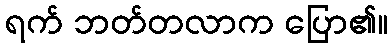
ရက် ဘတ်တလာက ပြော၏။